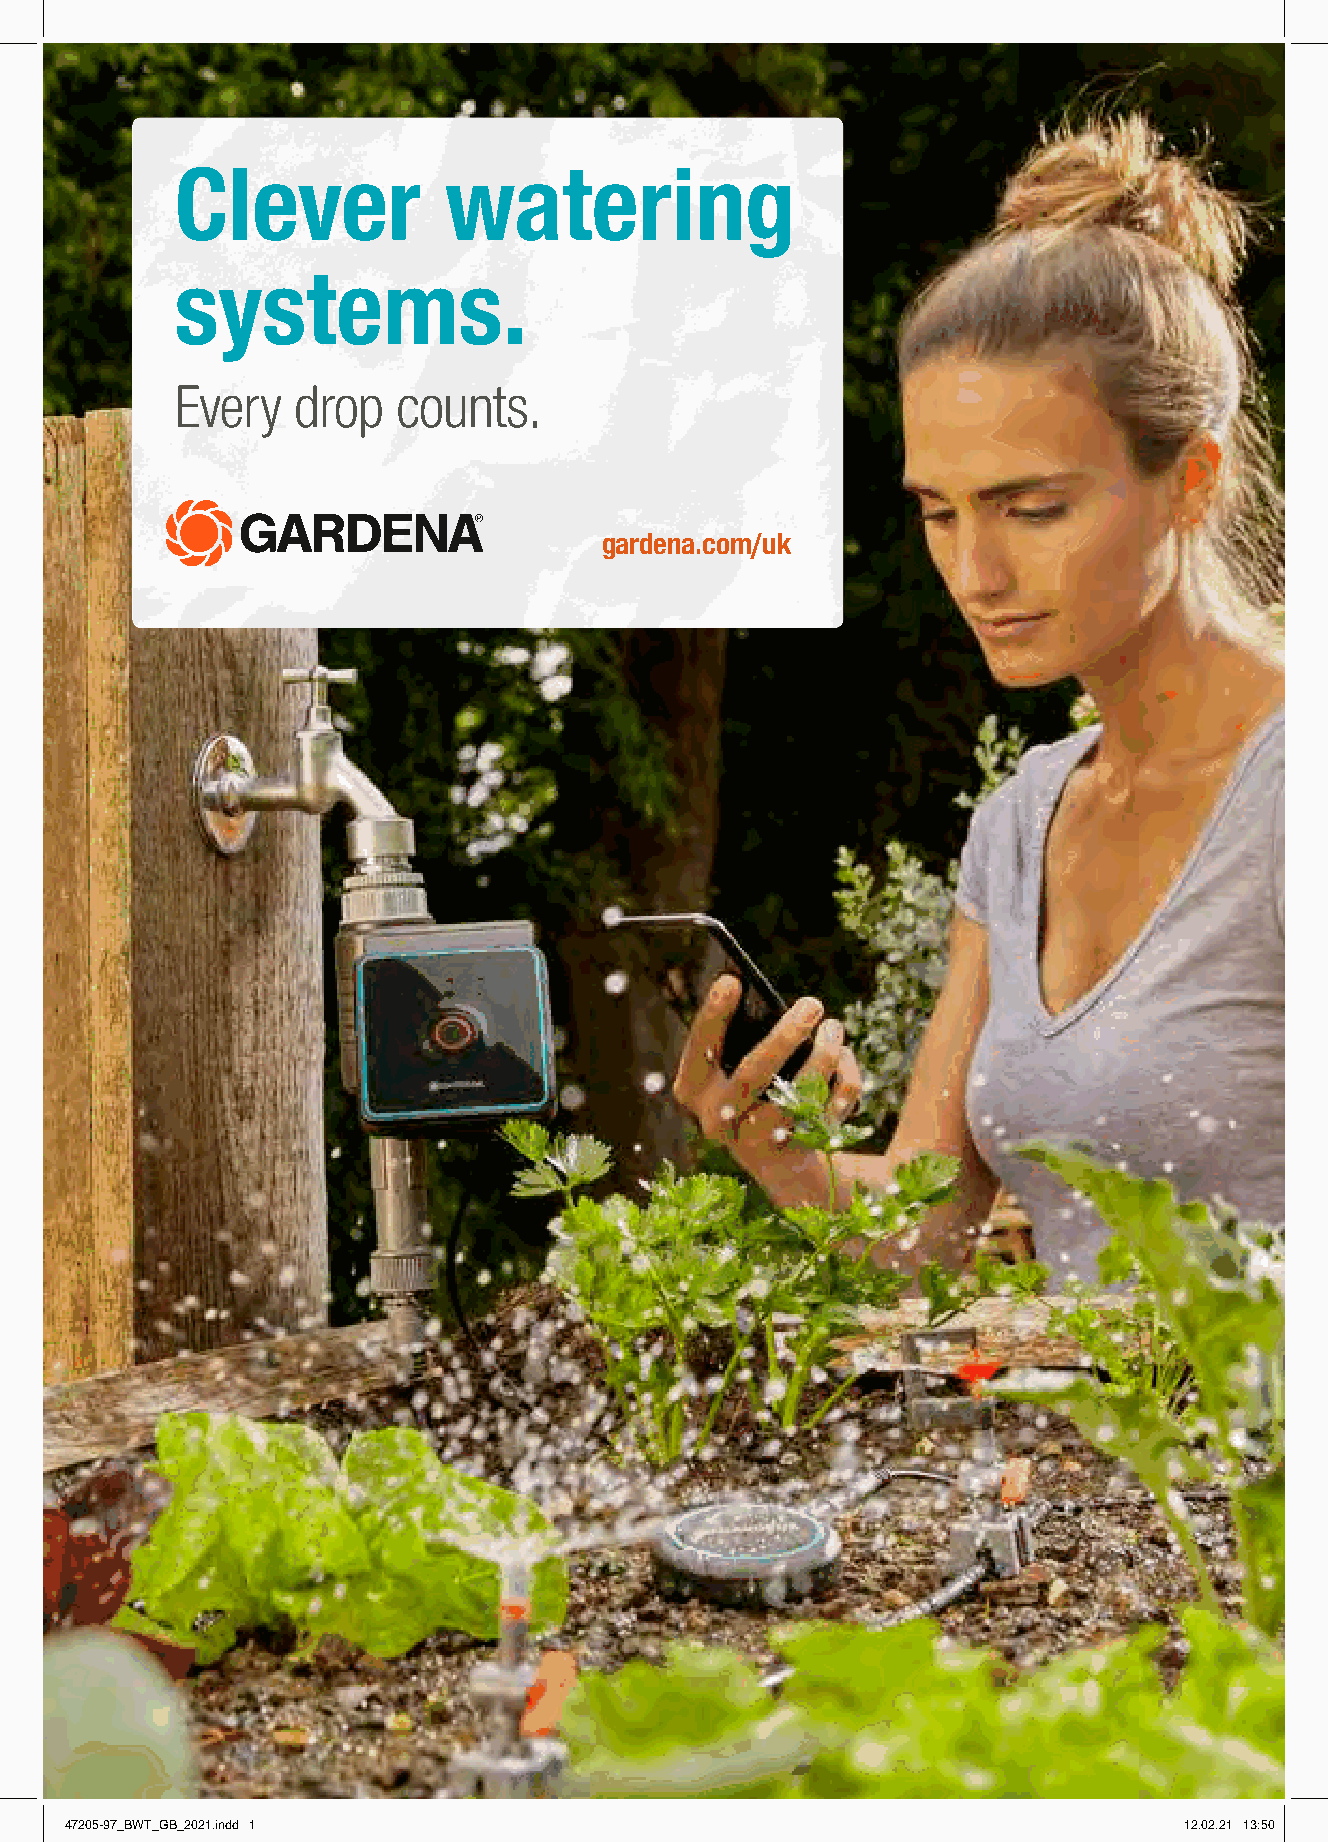
Clever           watering
 systems.
 Every  drop   counts.
 gardena.com/uk
 47205-97_BWT_GB_2021.indd 1                                               12.02.21 13:50